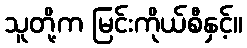
သူတို့က မြင်းကိုယ်စီနှင့်။